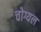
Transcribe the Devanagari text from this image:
चोग्यल